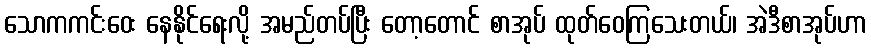
သောကကင်းဝေး နေနိုင်ရေးလို့ အမည်တပ်ပြီး တော့တောင် စာအုပ် ထုတ်ဝေကြသေးတယ်၊ အဲဒီစာအုပ်ဟာ